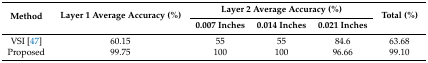
<table><thead><tr><td rowspan="2"><b>Method</b></td><td rowspan="2"><b>Layer 1 Average Accuracy (%)</b></td><td colspan="3"><b>Layer 2 Average Accuracy (%)</b></td><td rowspan="2"><b>Total (%)</b></td></tr><tr><td><b>0.007 Inches</b></td><td><b>0.014 Inches</b></td><td><b>0.021 Inches</b></td></tr></thead><tbody><tr><td>VSI [47]</td><td>60.15</td><td>55</td><td>55</td><td>84.6</td><td>63.68</td></tr><tr><td>Proposed </td><td>99.75</td><td>100</td><td>100</td><td>96.66</td><td>99.10</td></tr></tbody></table>